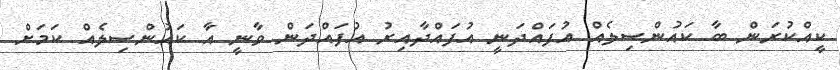
ކީއްކުރަން ބާ ކައުންސިލެއް އުފައްދަނީ އުފައްދާއިރު އުފައްދަން ވާނީ އާ ކައުންސިލެއް ކަމަށް